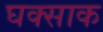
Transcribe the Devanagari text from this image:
घक्साक